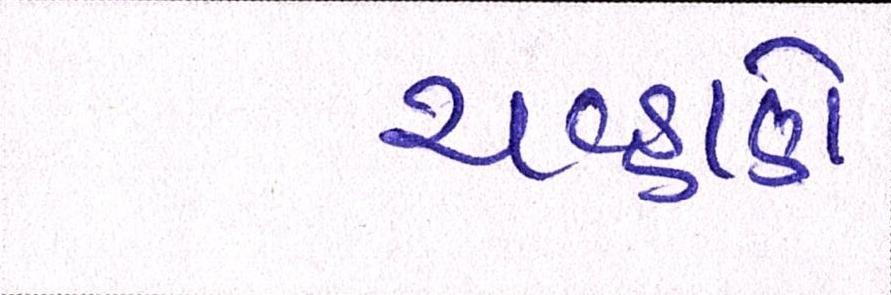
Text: ચવ્હાણે